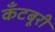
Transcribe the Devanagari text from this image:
कँटबूरी